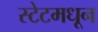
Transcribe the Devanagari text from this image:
स्टेटमधून